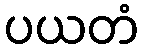
ပယတံ